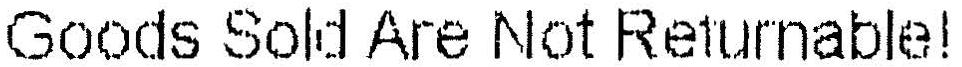
GOODS SOLD ARE NOT RETURNABLE!